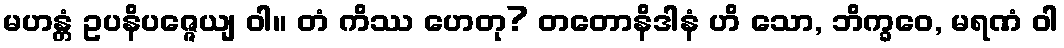
မဟန္တံ ဥပနိပဇ္ဇေယျ ဝါ။ တံ ကိဿ ဟေတု? တတောနိဒါနံ ဟိ သော, ဘိက္ခဝေ, မရဏံ ဝါ